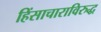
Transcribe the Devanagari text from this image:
हिंसाचाराविरुद्ध